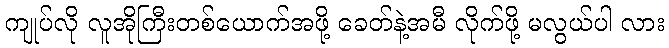
ကျုပ်လို လူအိုကြီးတစ်ယောက်အဖို့ ခေတ်နဲ့အမီ လိုက်ဖို့ မလွယ်ပါ လား